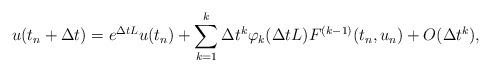
LaTeX: \begin{align*}u(t_n+\Delta t) = e^{\Delta t L}u(t_n) + \sum_{k=1}^{k}{\Delta t^k \varphi_k(\Delta t L) F^{(k-1)}(t_n, u_n)} + O(\Delta t^k),\end{align*}